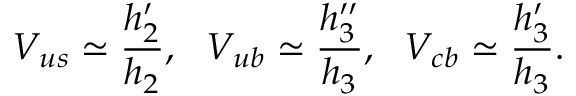
V _ { u s } \simeq { \frac { h _ { 2 } ^ { \prime } } { h _ { 2 } } } , ~ ~ V _ { u b } \simeq { \frac { h _ { 3 } ^ { \prime \prime } } { h _ { 3 } } } , ~ ~ V _ { c b } \simeq { \frac { h _ { 3 } ^ { \prime } } { h _ { 3 } } } .